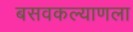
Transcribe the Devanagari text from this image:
बसवकल्याणला